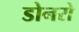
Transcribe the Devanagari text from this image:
डोनरो